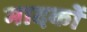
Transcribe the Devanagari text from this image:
मादकों